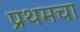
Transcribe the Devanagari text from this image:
प्रथमचा